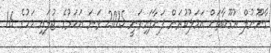
ގާނޫނުލް އުގޫބާތަށް އަމަލުކުރަން ފަށާފައިވަނީ 2015 ވަނަ އަހަރުގެ ޖުލައި މަހުގެ 16